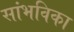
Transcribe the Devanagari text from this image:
सांभविका